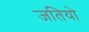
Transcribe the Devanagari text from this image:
जतियो